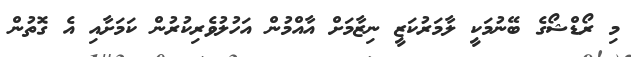
މި ރޯޑްޝޯގެ ބޭނުމަކީ ލާމަރުކަޒީ ނިޒާމަށް އާއްމުން އަހުލުވެރިކުރުން ކަމަށާއި އެ ގޮތުން